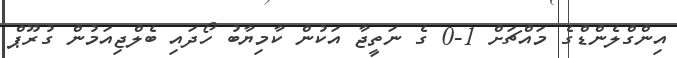
އިންގްލެންޑްގެ މައްޗަށް 1-0 ގެ ނަތީޖާ އަކުން ކާމިޔާބު ހޯދައި ބެލްޖިއަމުން ގުރޫޕް